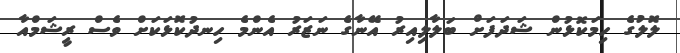
ލޮލުގެ ހިމަކޮޅުން ޝަދަފަށް ބަލާލިއިރު އޭނާގެ ނަޒަރު އެންމެ ހިނދުކޮޅަކަށް ވެސް ރީޝަމްއާ